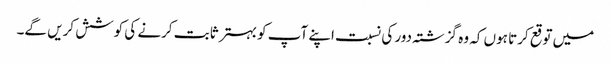
میں توقع کرتا ہوں کہ وہ گزشتہ دور کی نسبت اپنے آپ کو بہتر ثابت کرنے کی کوشش کریں گے۔